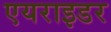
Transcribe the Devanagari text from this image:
एयराइडर